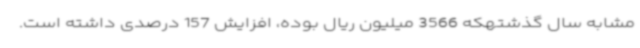
مشابه سال گذشتهکه 3566 میلیون ریال بوده، افزایش 157 درصدی داشته است.